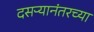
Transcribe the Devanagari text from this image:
दसऱ्यानंतरच्या